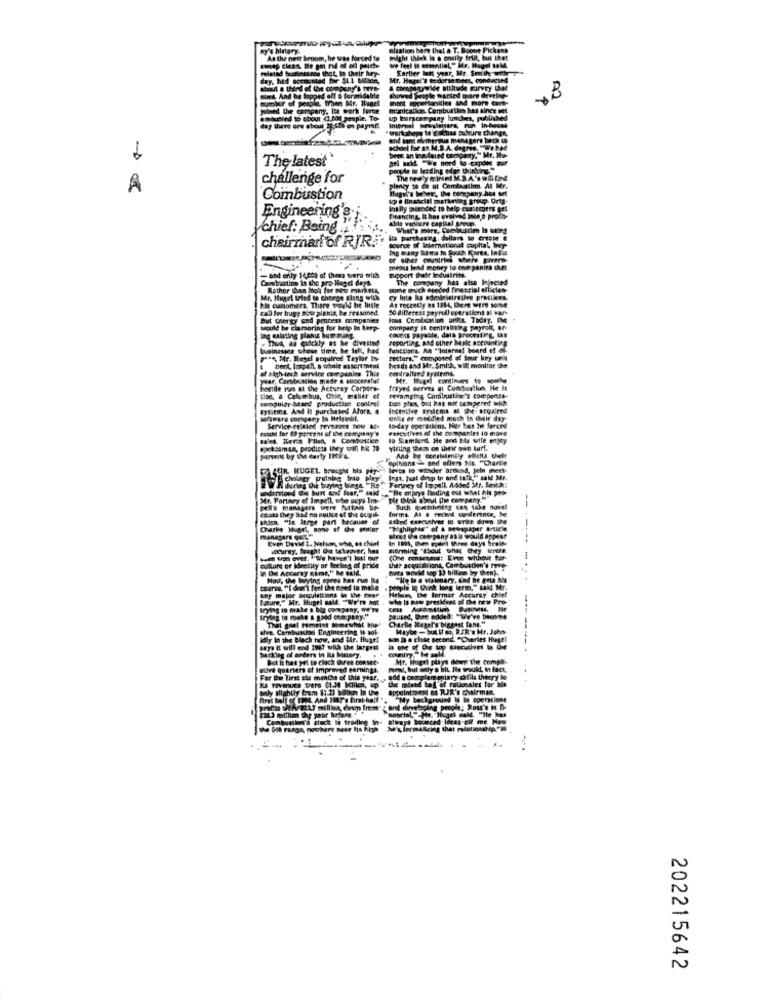
02
The latest
challenge for
A
Combustion
Engineering'S i
chief: Being
chairman of RJR.
Combustion in the pro-Hegel days.
-bind only I(cc) of Chaos werd writ!
The company has alse lojected
Rather Den Inok for new markets
BoThe much needed fiescial ellicien
Pil cabomera. There would be thule
Mr. Hugot tried to choirge along with
As recently as 1814, Bert wirt som4
call for huge aow planta, ke seasoned.
But Clergy and process companies
lous Comisation unit. Today. IMe
would be clamoring for brip In terp-
comparty it Centralning payroll, Bo-
Cacert payable, dala prochting, tax
ing existing planu hum ming.
. Thus, as gidckly as he divesind
reporting, and other Male accounting
businesses those time, he fell, had
functionis. An "Internal board et di-
pat Mr. Hegel acquired Taylor by
fetters," composed of four key un
bert, laspelt, a whenit msortment
of high tech service covepenies This
heads and Mr. Smith, wit monitor the
centralland Systems.
yar Combe aslan made a suocerafel
hostile rus of the Acturay Corpors-
frayed nerves at Combusthun. He It
tipe, a Columbus, Chie, maher ef
computer-based production cantrel
revamping Combustion's compensa-
tion plus, but has not tempered wih
Bylitma. And It purchased Afora. #
Incentive systems at the. acquired
team for (0 percent of the company's
Service-related feverets nou BO-
executives of the companies to mose
10-44y operations. Her bes het forced
sales. Herce Filen, & Combustion
ID Stamiand He and Bla wile enjoy
.potom in, prodicts they win he 20
ViEling theas on their oan turle
panek by the early 199 4.
Opinions - sed offer his. "Charlie
CUR KUGEL, Brought his piT-
Ferney of Impell. Added Mdr. Seil !!
Inpt. just drop In and talk," said Mr.
understood the hurt and fear," said .. "He enjoys finding out what his pro-
Mr. Fortagy ef Impell, the guys Im-
Dle think about the company."
Pels managers were Nurin br
forma Al @ feceil conference, Ne
Such guetlining con take novel
chats they had no police of the ocqui.
skien. "In large part because of
ahed darcuives ic write down the
"Highlights" of & newspaper Article
Even David 2. Nelson, who, as chief
Sheet the company asi would appest
Locuray, fought Che takeover, has
forming "shout that they wereft.
em um over. ""We haven't los! our
(One consensus: Evse withour fur-
culture of Identity or feeling of pride
12 De Accuray nime," he said.
ther acquisizione, Combustion's reve
hues would top 5 billion by tien).
Any major Derpulattions la the beer
toarea "I drent feel the need to make
Siple ig think long term," said Mr.
Schon, the former Accuray chie!
Istare," Mr. Hugel sald. "We're not
who is now president of the new Pro-
trying to make a big company, WW'Te
rying to make a good company.
paused, When added: "We've become
Charlie Kugel's biggest fans."
alve. Combusulon Engineering is sok-
That goal fomeist somewhat
Maybe - Ixx if so, RIR's Mr. John-
la the bl
De chie second
202215642